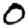
Digit: 0